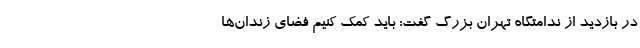
در بازدید از ندامتگاه تهران بزرگ گفت: باید کمک کنیم فضای زندان‌ها